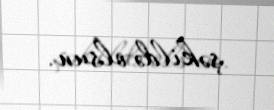
şəkildə olsun.